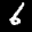
Label: 6